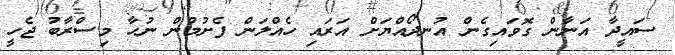
ސައީދާ އަނާން ގޮވައިގެން އުނދޯއްޔަށް އަރައި ހެއްލަން ފެށުމުން ނުހާ މިސްރާބު ޖެހީ